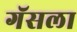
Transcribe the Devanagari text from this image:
गॅसला